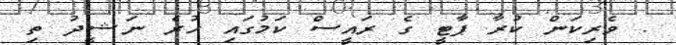
. ވެރިކަން ކުރާ ޕާޓީ ގެ ރައީސް ކަމުގައި ހުރެ ނަޝީދު ތި